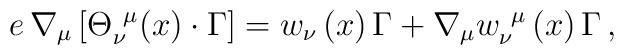
e\,\nabla _\mu \left[ {\Theta }_\nu ^{~\mu }(x)\cdot \Gamma \right] ={w}_\nu\left( x\right) \Gamma +\nabla _\mu {w}_\nu ^{~\mu }\left( x\right) \Gamma\,,